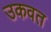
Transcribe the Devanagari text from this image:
उकवत